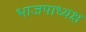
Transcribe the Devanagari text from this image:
भाजपाध्यक्ष